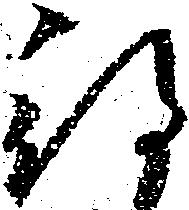
待